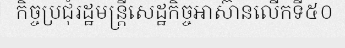
កិច្ចប្រជុំរដ្ឋមន្ត្រីសេដ្ឋកិច្ចអាស៊ានលើកទី៥០